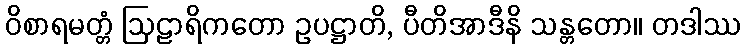
ဝိစာရမတ္တံ ဩဠာရိကတော ဥပဋ္ဌာတိ, ပီတိအာဒီနိ သန္တတော။ တဒါဿ